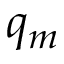
q _ { m }